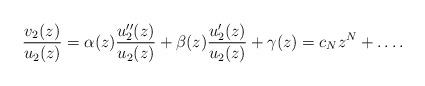
LaTeX: \begin{align*} \frac{v_2(z)}{u_2(z)} = \alpha (z) \frac{u_2''(z)}{u_2(z)} + \beta(z) \frac{u_2'(z)}{u_2(z)} + \gamma (z) = c_N z^N + \ldots . \end{align*}